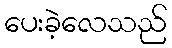
ပေးခဲ့လေသည်